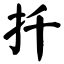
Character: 扦